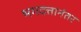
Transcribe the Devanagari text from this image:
भगदत्तानंतर